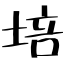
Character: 培